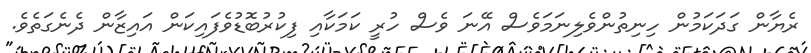
ރެޔާން ގަދަކަމުން ހިނިތުންވެލިނަމަވެސް އޭނަ ވެސް ހުރީ ކަމަކާއި ފިކުރުބޮޑުވެފައިކަން އައިޒާން ދެނެގަތެވެ.